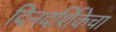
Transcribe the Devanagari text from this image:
दिनदर्शिकेचा